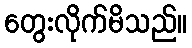
တွေးလိုက်မိသည်။